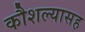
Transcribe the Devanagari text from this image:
कौशल्यासह